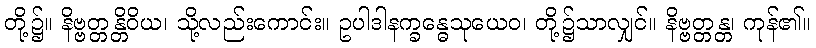
တို့၌။ နိဗ္ဗတ္တန္တိဝိယ၊ သို့လည်းကောင်း။ ဥပါဒါနက္ခန္ဓေသုယေဝ၊ တို့၌သာလျှင်။ နိဗ္ဗတ္တန္တ၊ ကုန်၏။